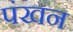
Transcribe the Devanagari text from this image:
पंखन